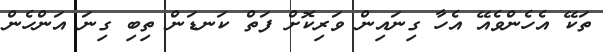
ތަކޭ އެހެންވެއޭ އެހާ ގިނައިން ވަރިކޮށް ފަތް ކަނޑަން ތިބި ގިނަ އަންހެން